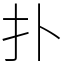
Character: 扑